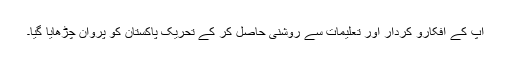
آپ کے افکارو کردار اور تعلیمات سے روشنی حاصل کر کے تحریک پاکستان کو پروان چڑھایا گیا۔